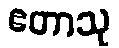
ဧတာသု